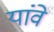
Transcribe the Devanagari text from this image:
यांवे